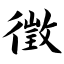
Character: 徵